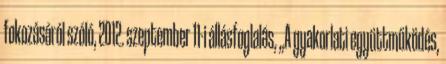
fokozásáról szóló, 2012. szeptember 11-i állásfoglalás, „A gyakorlati együttműködés,